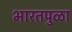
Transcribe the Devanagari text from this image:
भारतपुळा